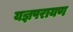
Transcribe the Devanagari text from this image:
यज्ञपरायण